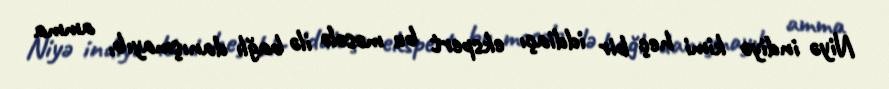
Niyə indiyə kimi heç bir iddiaçı ekspert bu məsələ ilə bağlı danışmayıb, amma